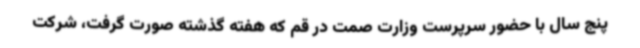
پنج سال با حضور سرپرست وزارت صمت در قم که هفته گذشته صورت گرفت، شرکت